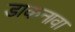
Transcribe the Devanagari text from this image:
डाकनावा